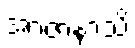
အာဇာနာသိ